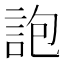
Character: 䛌